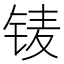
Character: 鿏